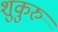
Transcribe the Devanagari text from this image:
शुकुरु